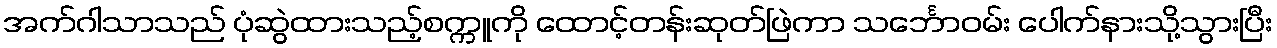
အက်ဂါသာသည် ပုံဆွဲထားသည့်စက္ကူကို ထောင့်တန်းဆုတ်ဖြဲကာ သင်္ဘောဝမ်း ပေါက်နားသို့သွားပြီး